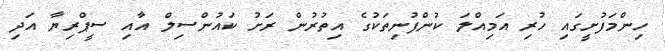
ހިންމަފުށީގައި ހުރި އަމިއްލަ ކުންފުނިތަކުގެ އިތުރުން ރަށު ކައުންސިލް އާއި ސީޕްރިޔާ އަދި